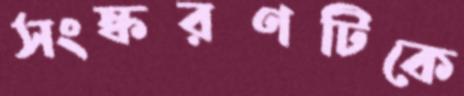
সংস্করণটিকে